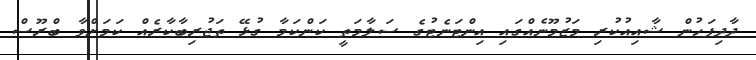
ދާދިފަހުން ޝާއިއުކުރި މަޒުމޫނެއްގައި އިންޓަނެޓުގެ ސަލާމަތީ ކަންކަމާ ގުޅޭ ތަޖުރިބާކާރެއް ކަމަށްވާ ބްރޫސް